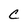
Character: C